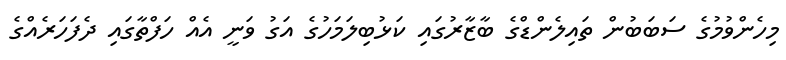
މިހެންވުމުގެ ސަބަބުން ތައިލެންޑްގެ ބާޒާރުގައި ކަޅުބިލަމަހުގެ އަގު ވަނީ އެއް ހަފްތާގައި ދެފަހަރެއްގެ